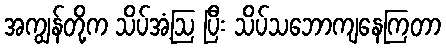
အကျွန်တို့က သိပ်အံ့ဩ ပြီး သိပ်သဘောကျနေကြတာ